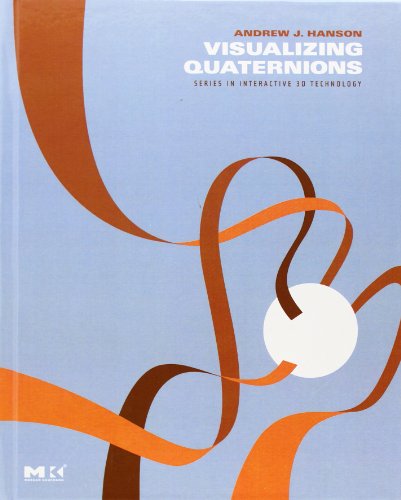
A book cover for Visualizing Quaternions (The Morgan Kaufmann Series in Interactive 3D Technology); Andrew J. Hanson; Computers & Technology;